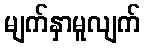
မျက်နှာမူလျက်